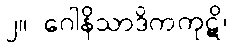
၂။ ဂေါနိသာဒိကကုဋိ၊